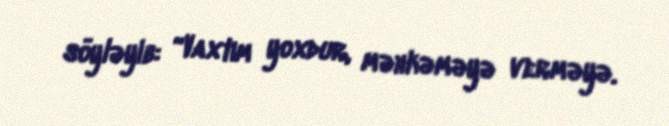
söyləyib: “Vaxtım yoxdur, məhkəməyə verməyə.